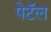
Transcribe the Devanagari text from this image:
पेटॅल